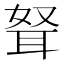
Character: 𰭺